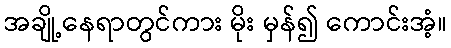
အချို့နေရာတွင်ကား မိုး မှန်၍ ကောင်းအံ့။